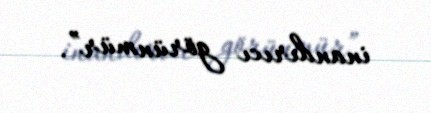
inandırıcı görünmür”.